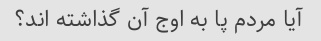
آیا مردم پا به اوج آن گذاشته اند؟